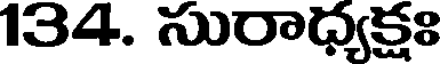
134. సురాధ్యక్షః